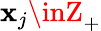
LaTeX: \mathbf{x}_{j}\inZ_{+}